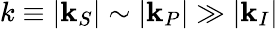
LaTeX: k\equiv|\mathbf{k}_{S}|\sim|\mathbf{k}_{P}|\gg|\mathbf{k}_{I}|